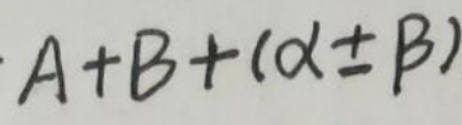
$A + B + (\alpha \pm B)$